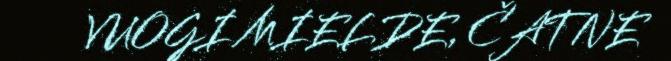
VUOGI MIELDE, ČATNE